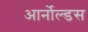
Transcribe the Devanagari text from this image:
आर्नोल्डस